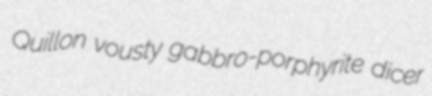
Quillon vousty gabbro-porphyrite dicer